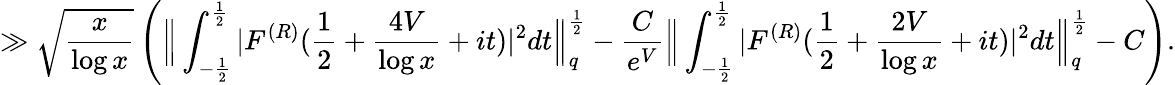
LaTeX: \gg\sqrt{\frac{x}{\log x}}\left(\Big\| \int_{-\frac{1}{2}}^{\frac{1}{2}}|F^{(R)}(\frac{1}{2}+\frac{4V}{\log x}+it)|^{2}dt\Big\| _{q}^{\frac{1}{2}}-\frac{C}{e^{V}}\Big\| \int_{-\frac{1}{2}}^{\frac{1}{2}}|F^{(R)}(\frac{1}{2}+\frac{2V}{\log x}+it)|^{2}dt\Big\| _{q}^{\frac{1}{2}}-C\right).